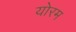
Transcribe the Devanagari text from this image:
योरम